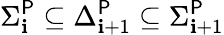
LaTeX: \Sigma_{\mathbf{i}}^{\mathsf{{P}}}\subseteq\Delta_{\mathbf{i}+1}^{\mathsf{{P}}}\subseteq\Sigma_{\mathbf{i}+1}^{\mathsf{{P}}}